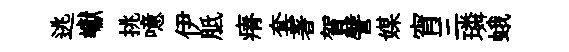
逃巘挑噫伊胝瘠套著賀譬媒宵三璘蛾